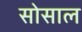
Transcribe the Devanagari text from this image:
सोसाल